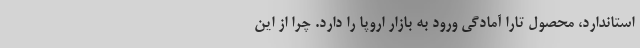
استاندارد، محصول تارا آمادگی ورود به بازار اروپا را دارد. چرا از این